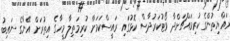
ރައްޔިތުންގެ ކުރިމައްޗަށްދާ ވޯޓުކަރުދާސް ކޮޅުގައި ރައީސްކަމަށް ކުރިމަތިލާ މީހާގެ އިތުރަށް އޭނާގެ ނައިބު